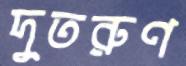
দুতরুণ